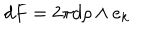
LaTeX: d F = 2 \pi d \rho \wedge e _ { k }